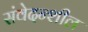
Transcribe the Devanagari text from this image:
संवेदन्शील